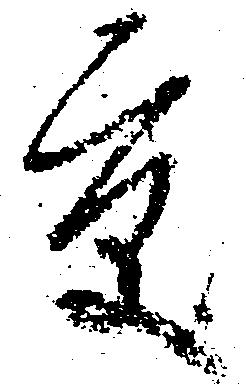
京